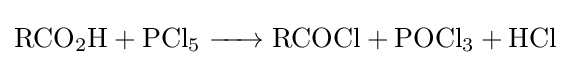
{\ce {RCO2H + PCl5 -> RCOCl + POCl3 + HCl}}